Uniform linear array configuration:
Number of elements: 16
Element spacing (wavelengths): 1
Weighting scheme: blackman
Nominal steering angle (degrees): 0
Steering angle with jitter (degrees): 1.851
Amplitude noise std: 0.05
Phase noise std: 0.05

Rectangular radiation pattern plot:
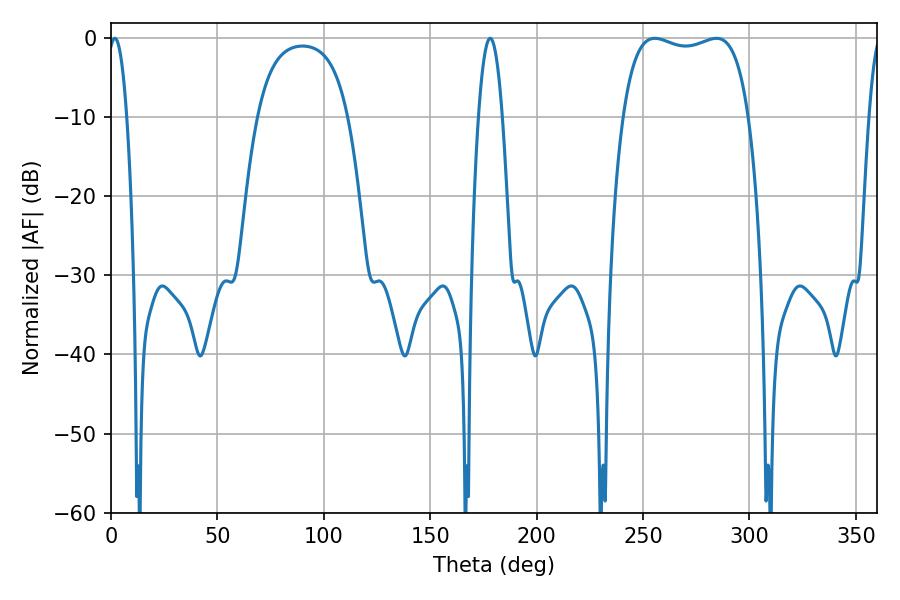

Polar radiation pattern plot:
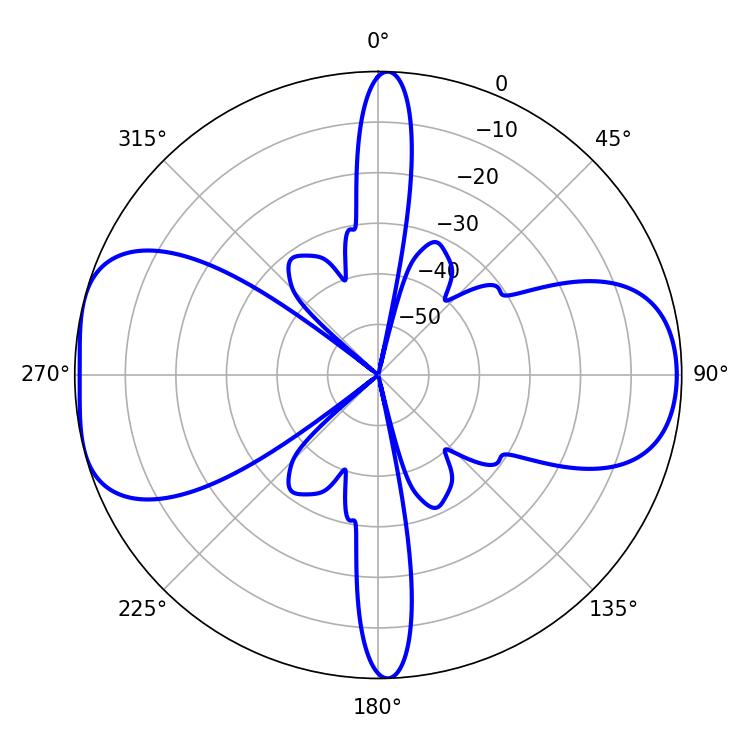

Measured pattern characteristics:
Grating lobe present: TRUE
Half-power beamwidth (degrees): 47.88
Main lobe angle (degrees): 255.6